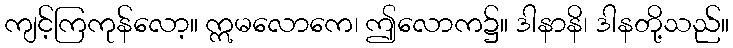
ကျင့်ကြကုန်လော့။ ဣမလောကေ၊ ဤလောက၌။ ဒါနာနိ၊ ဒါနတို့သည်။